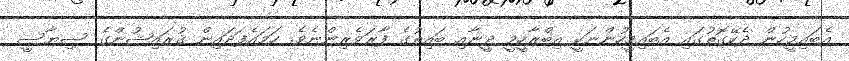
އެބައިމީހުން ދެކޭގޮތުގައި އެބައިމީހުންނަކީ އިބްރާހީމީ ދީނާއި ބައިތުގެ ފާރަވެރިންނެވެ. ހަމައެފަދައިން ޤުރައިޝުންގެ ސިޔާސީ